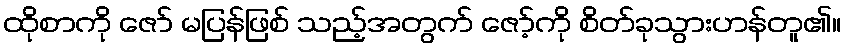
ထိုစာကို ဇော် မပြန်ဖြစ် သည့်အတွက် ဇော့်ကို စိတ်ခုသွားဟန်တူ၏။